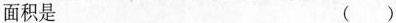
面积是 ( )